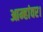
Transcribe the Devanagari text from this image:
आम्हांवर।